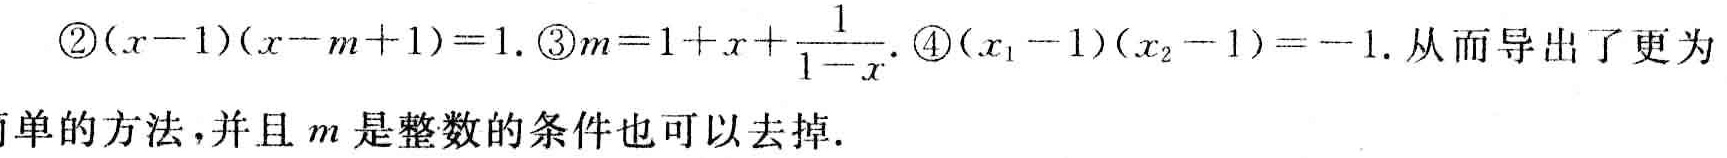
\textcircled{2}\((x - 1)(x - m + 1)=1\). \textcircled{3}\(m = 1 + x+\frac{1}{1 - x}\). \textcircled{4}\((x_1 - 1)(x_2 - 1)=-1\).